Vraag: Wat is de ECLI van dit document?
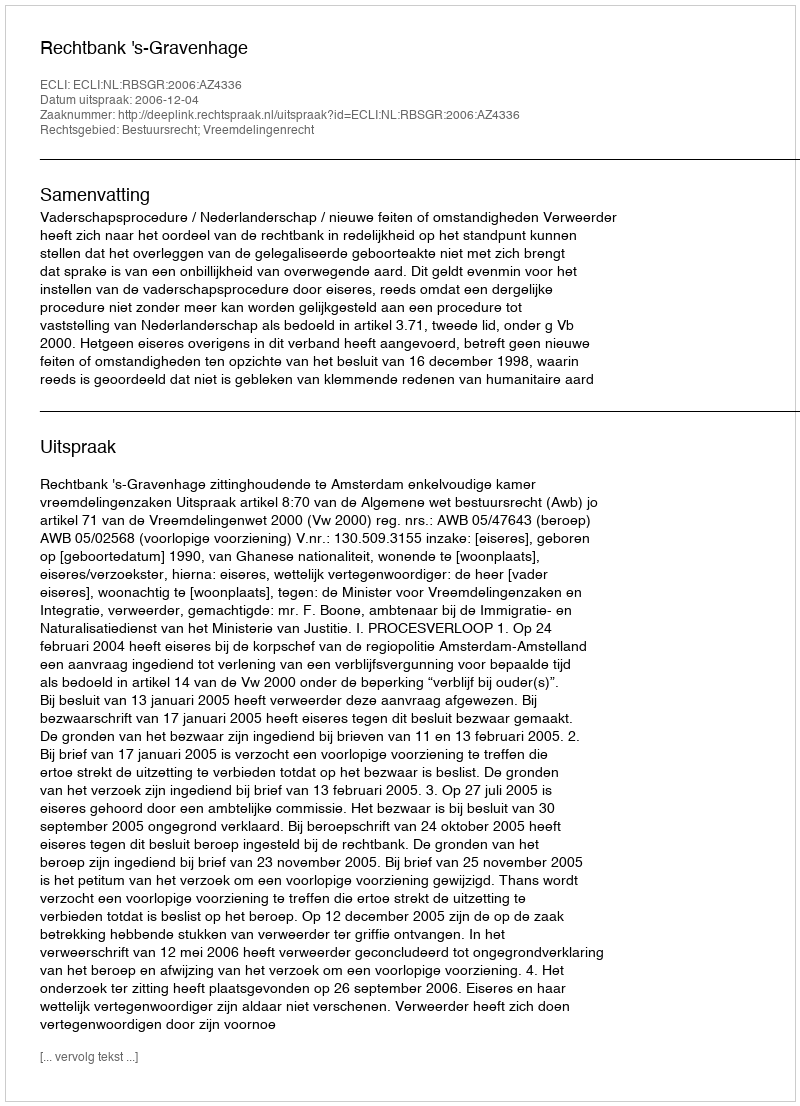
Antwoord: ECLI:NL:RBSGR:2006:AZ4336